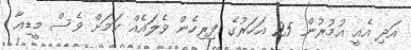
އަދި އެއީ އުމުރުން 25 އަހަރުގެ ފިރިހެން ވެލައެއް ކަމަށް ވެސް މީޑިއާ